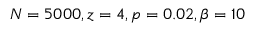
N = 5 0 0 0 , z = 4 , p = 0 . 0 2 , \beta = 1 0